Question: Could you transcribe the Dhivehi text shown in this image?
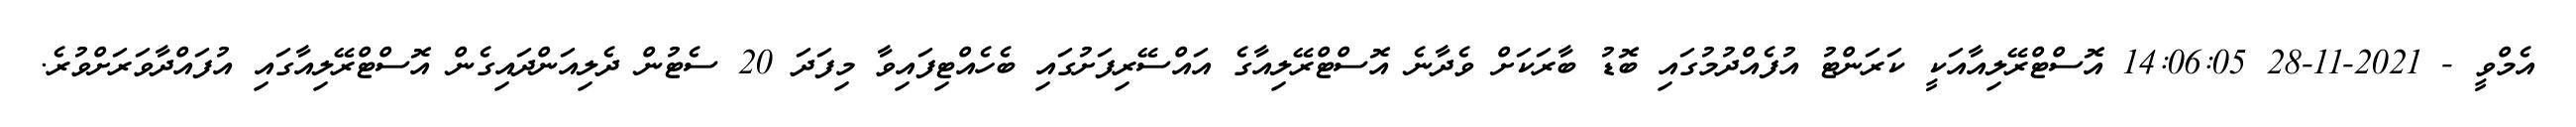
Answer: އެމްވީ - 2021-11-28 14:06:05 އޮސްޓްރޭލިއާއަކީ ކަރަންޓު އުފެއްދުމުގައި ބޮޑު ބާރަކަށް ވެދާނެ އޮސްޓްރޭލިއާގެ އައްސޭރިފަށުގައި ބެހެއްޓިފައިވާ މިފަދަ 20 ސެޓުން ދެލިއަންދައިގެން އޮސްޓްރޭލިއާގައި އުފައްދާވަރަށްވުރެ.